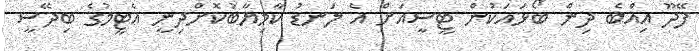
ފޭދޫ އިއްބެ ދިން ބޯޅައަކުން ޓީސީއަށް އެ ލަނޑު ކާމިޔާބުކޮށްދިނީ އެޓީމުގެ ބިދޭސީ